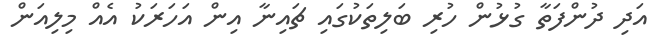
އަދި ދުންފަތާ ގުޅުން ހުރި ބަލިތަކުގައި ޗައިނާ އިން އަހަރަކު އެއް މިލިއަން